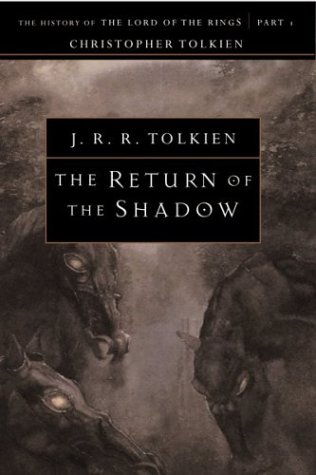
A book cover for The Return of the Shadow: The History of The Lord of the Rings, Part One (The History of Middle-Earth, Vol. 6); J. R. R. Tolkien; Science Fiction & Fantasy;